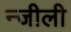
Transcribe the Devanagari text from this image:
न्जीली